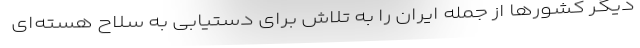
دیگر کشورها از جمله ایران را به تلاش برای دستیابی به سلاح هسته‌ای